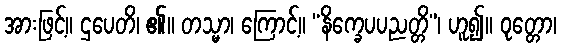
အားဖြင့်။ ဌပေတိ၊ ၏။ တသ္မာ၊ ကြောင့်။ “နိက္ခေပပညတ္တိ”၊ ဟူ၍။ ဝုတ္တော၊